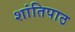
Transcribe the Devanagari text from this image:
शांतिपाठ